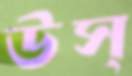
উস্